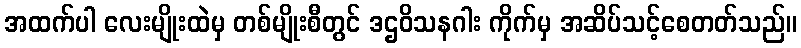
အထက်ပါ လေးမျိုးထဲမှ တစ်မျိုးစီတွင် ဒဌဝိသနဂါး ကိုက်မှ အဆိပ်သင့်စေတတ်သည်။